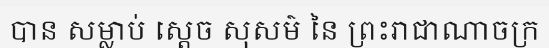
បាន សម្លាប់ ស្តេច សុសម៌ នៃ ព្រះរាជាណាចក្រ